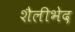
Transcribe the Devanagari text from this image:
शैलीभेद